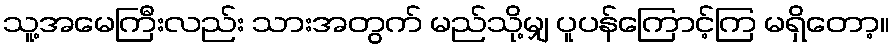
သူ့အမေကြီးလည်း သားအတွက် မည်သို့မျှ ပူပန်ကြောင့်ကြ မရှိတော့။